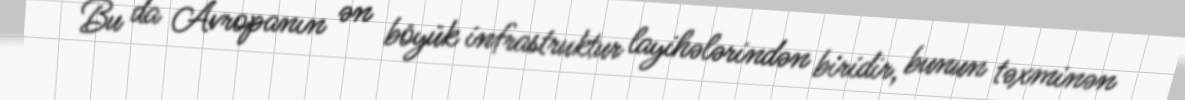
Bu da Avropanın ən böyük infrastruktur layihələrindən biridir, bunun təxminən